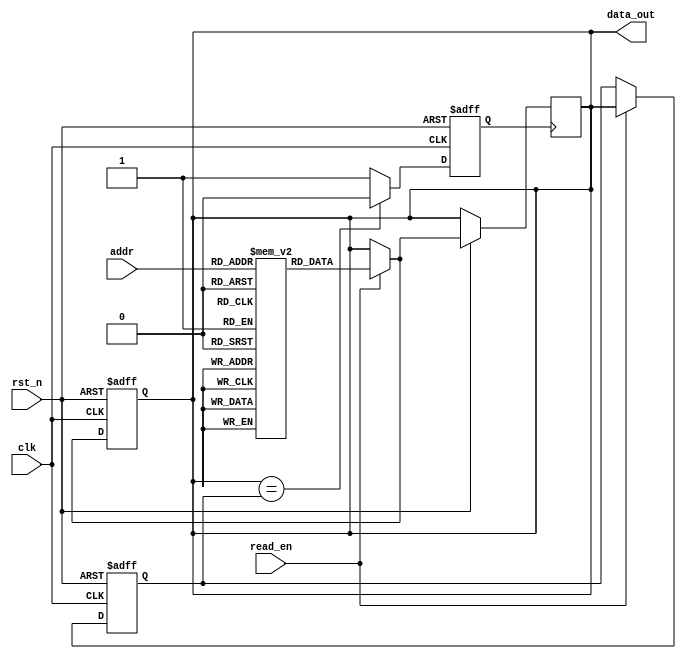
module memory_block (
    input wire clk,             // Main clock signal
    input wire rst_n,           // Active low reset
    input wire [addr_width-1:0] addr, // Address input
    input wire read_en,         // Read enable signal
    output reg [data_width-1:0] data_out // Output data
);

parameter addr_width = 8;      // Address width
parameter data_width = 16;     // Data width

// Memory array declaration (simple SRAM model)
reg [data_width-1:0] memory [0:(1 << addr_width)-1];

// Internal signals for clock gating
reg clk_gated;                 // Gated clock signal
wire output_stable;            // Signal to indicate output stability
reg [data_width-1:0] last_data_out; // Last output data for stability check

// Output Logic
always @(posedge clk or negedge rst_n) begin
    if (!rst_n) begin
        data_out <= 0;
        last_data_out <= 0;
    end else if (read_en) begin
        data_out <= memory[addr]; // Read data from memory
        last_data_out <= data_out; // Store last output for comparison
    end
end

// Output Stability Logic
assign output_stable = (data_out == last_data_out);

// Clock Gating Control Logic
always @(posedge clk or negedge rst_n) begin
    if (!rst_n) begin
        clk_gated <= 1'b0; // Initialize gated clock to off
    end else begin
        if (output_stable) begin
            clk_gated <= 1'b0; // Disable clock if output is stable
        end else begin
            clk_gated <= 1'b1; // Enable clock if output is changing
        end
    end
end

// Memory operation with gated clock
always @(posedge clk_gated or negedge rst_n) begin
    if (!rst_n) begin
        // Initialization logic if needed
    end else if (read_en) begin
        // Memory read operation is controlled by the gated clock
        data_out <= memory[addr];
    end
end

endmodule